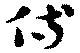
侍